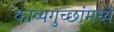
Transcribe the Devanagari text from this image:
काव्यगुच्छांमध्ये